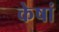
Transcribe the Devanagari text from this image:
केषां